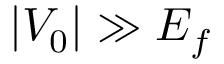
| V _ { 0 } | \gg E _ { f }